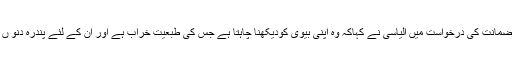
وکیل راجیوموہن کے ذریعہ دائرکردہ ضمانت کی درخواست میں الیاسی نے کہاکہ وہ اپنی بیوی کودیکھنا چاہتا ہے جس کی طبعیت خراب ہے اور ان کے لئے پندرہ دنو ں کی عبوری ضمانت منظور کی جائے۔